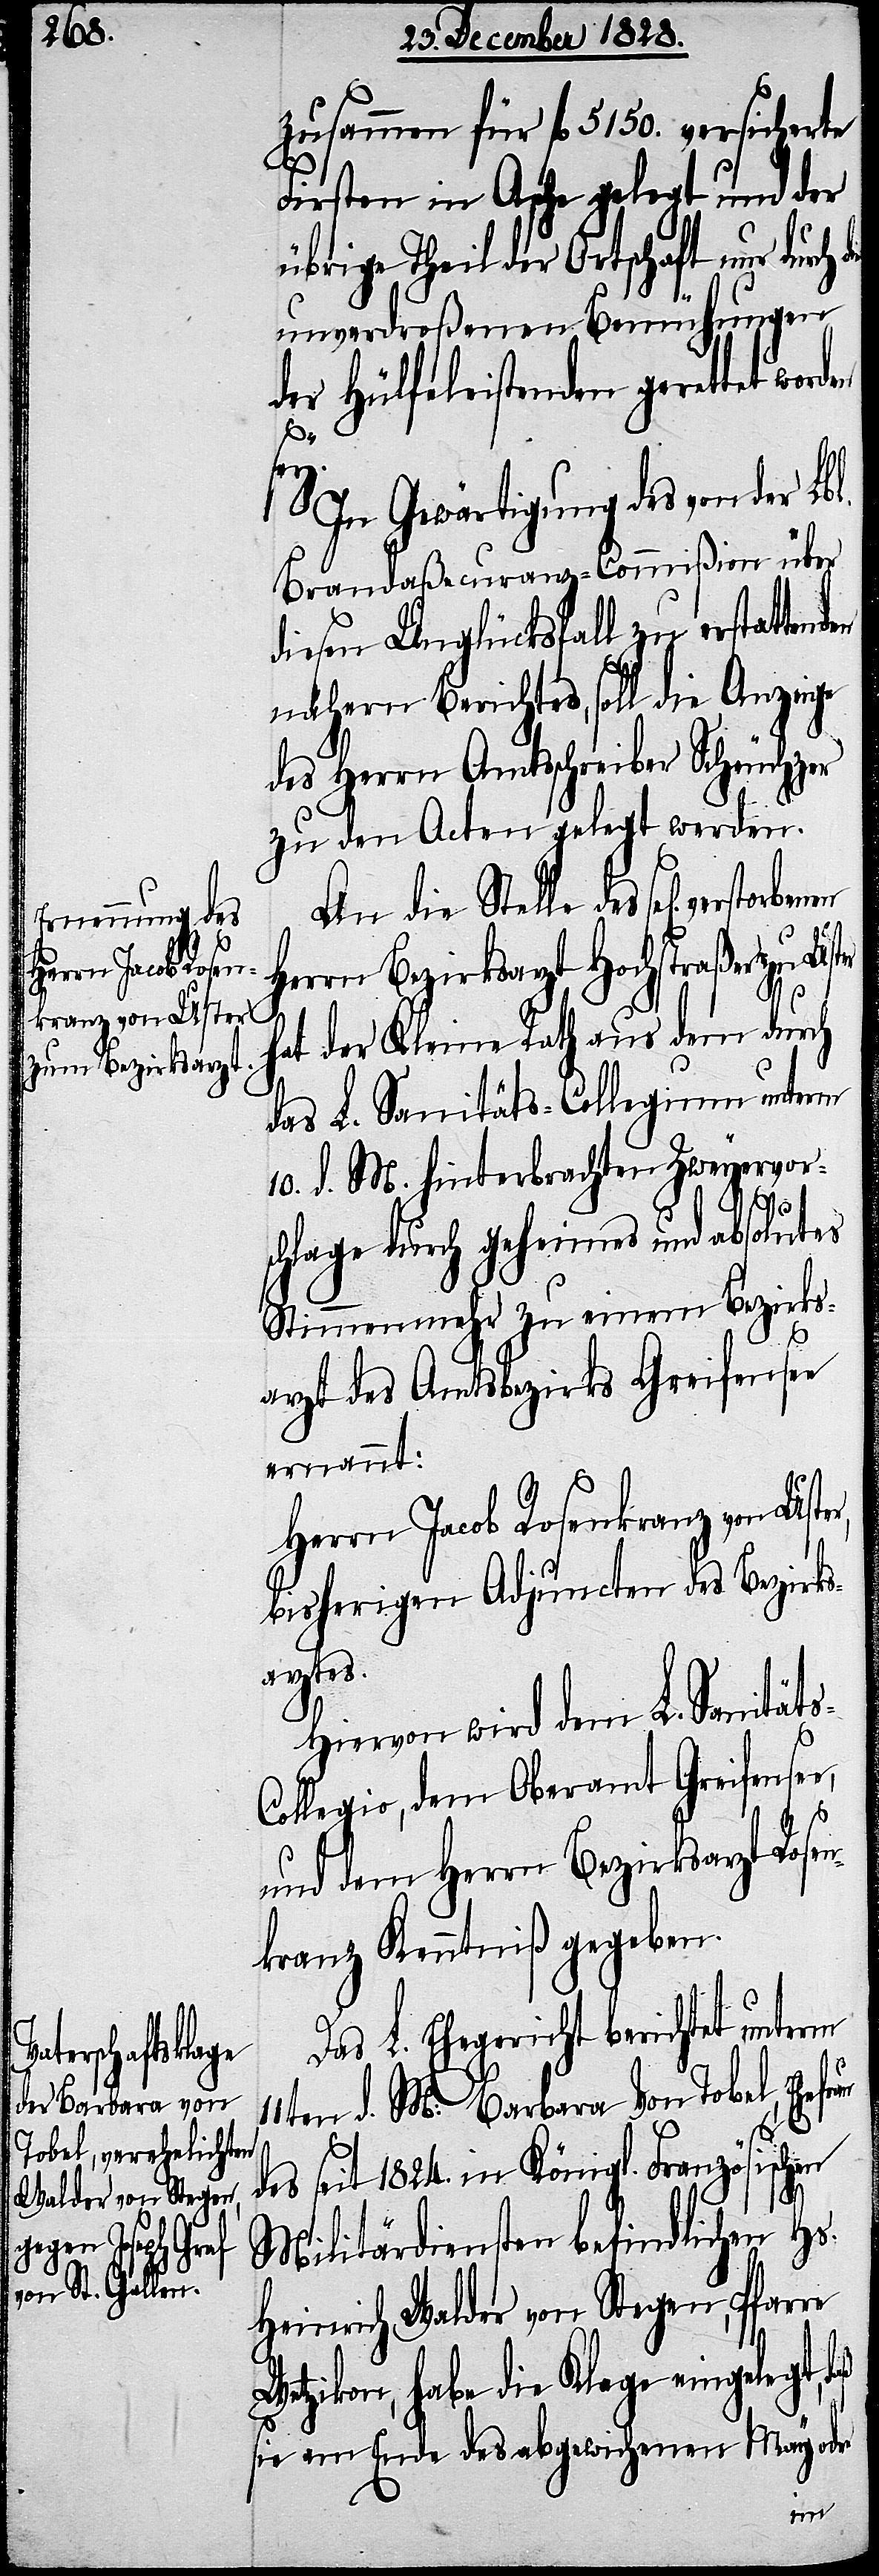
verstorbenen

zusammen für fl. 5150. versicherte
Firsten in Asche gelegt und der
übrige Theil der Ortschaft nur durch
unverdroßenen Bemühungen
der Hülfeleistenden gerettet worden
e,
In Gewärtigung des von der L.
Brandaßecuranz-Commißion über
diesen Unglücksfall zu erstattend¬
nähern Berichtes, soll die Anzeige
des Herrn Amtsschreiber Scheuchzer
zu den Acten gelegt werden.
An die Stelle des sel[ig]
Herrn Bezirksarzt Hochstraßer zu Uster
hat der Kleine Rath aus dem durch
das L. Sanitäts-Collegium unterm
10. d. M. hinterbrachten Zweyervor¬
r,
schlage durch geheimes und absolutes
Stimmenmehr zu einem Bezirks¬
arzt des Amtsbezirks Greifensee
ernannt:
Herrn Jacob Rosenkranz von Uste¬
bisherigen Adjuncten des Bezirks¬
arztes.
Hiervon wird dem L. Sanität¬
llegium, dem Oberamt Greifense¬
und dem Herrn Bezirksarzt Rose¬
nkranz Kenntniß gegeben.
Das L. Ehegericht berichtet unterm
11ten d. M: Barbara Von Tobel, Ehefr¬
au
des seit 1824. in Königl. Französischen
Militärdiensten befindlichen Hs.
Heinrich Walder von Stegen, Pfarre
Wetzikon, habe die Klage eingelegt,
sie am Ende des abgewichenen May oder
en